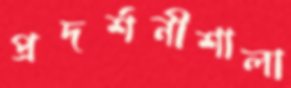
প্রদর্শনীশালা